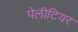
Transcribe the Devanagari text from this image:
पेलीटियर